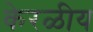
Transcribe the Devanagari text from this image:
केरळीय